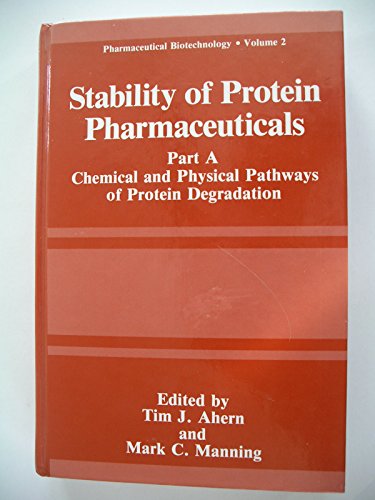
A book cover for Stability of Protein Pharmaceuticals: Part A: Chemical and Physical Pathways of Protein Degradation (Pharmaceutical Biotechnology); Medical Books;